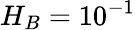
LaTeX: H_{B}=10^{-1}